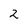
Character: 2